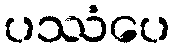
ပဿံပေ